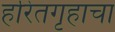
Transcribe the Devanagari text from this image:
हरितगृहाचा